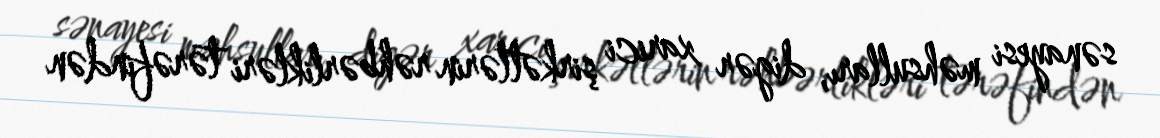
sənayesi məhsulları, digər xarici şirkətlərin rəhbərlikləri tərəfindən